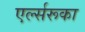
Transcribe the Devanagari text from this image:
एर्ल्सरूका